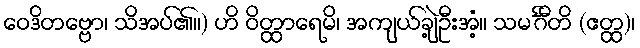
ဝေဒိတဗ္ဗော၊ သိအပ်၏။) ဟိ ဝိတ္ထာရေမိ၊ အကျယ်ချဲ့ဦးအံ့။ သမင်္ဂီတိ (ဧတ္ထ)၊